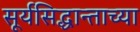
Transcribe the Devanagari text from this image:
सूर्यसिद्धान्ताच्या